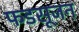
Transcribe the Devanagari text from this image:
फडसूजन